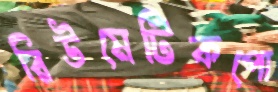
রিউমেটিকপো